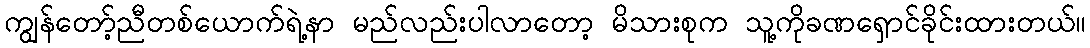
ကျွန်တော့်ညီတစ်ယောက်ရဲ့နာ မည်လည်းပါလာတော့ မိသားစုက သူ့ကိုခဏရှောင်ခိုင်းထားတယ်။